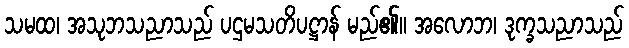
သမထ၊ အသုဘသညာသည် ပဌမသတိပဋ္ဌာန် မည်၏။ အလောဘ၊ ဒုက္ခသညာသည်